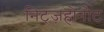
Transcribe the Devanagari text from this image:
निट्ज़होनोट